Vaccine operations Central Provinces 1886-1899 - 1886-1899
Year: 1886
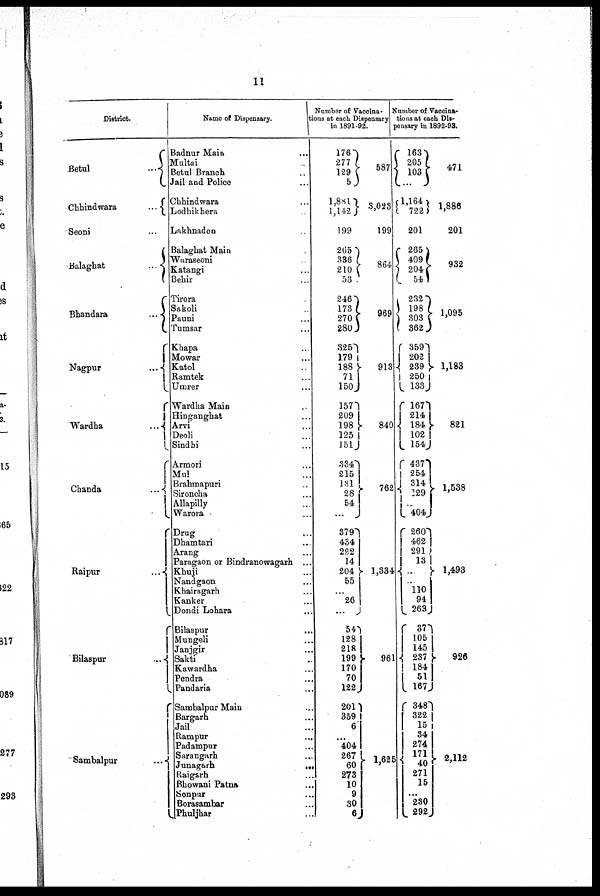
11
District.
Betul
...
Chhindwara
...
Seoni ...
Balaghat
...
Bhandara
...
Nagpur ...
Wardha
...
Chanda
...
Raipur
...
Bilaspur
...
Sambalpur
...
Name of Dispensary.
Badnur Main ...
Maltai ...
Betul Branch ...
Jail and Police ...
Chhindwara ...
Lodhikhera ...
Lakhnadon ...
Balaghat Main ...
Waraseoni ...
Katangi ...
Behir ...
Tirora ...
Sakoli ...
Pauni ...
Tumsar ...
Khapa ...
Mowar ...
Katol ...
Ramtek ...
Umrer ...
Wardha Main ...
Hinganghat ...
Arvi ...
Deoli ...
Sindhi ...
Armori ...
Mul ...
Brahmapuri ...
Sironcha ...
Allapilly ...
Warora ...
Drug ...
Dhamtari ...
Arang ...
Paragaon or Bindranowagarh ...
Khuji ...
Nandgaon ...
Khairagarh ...
Kanker ...
Dondi Lohara ...
Bilaspur ...
Mungeli ...
Janjgir ...
Sakti ...
Kawardha ...
Pendra ...
Pandaria ...
Sambalpur Main ...
Bargarh ...
Jail ...
Rampur ...
Padampur ...
Sarangarh ...
Junagarh
...
Raigarh ...
Bhowani Patna ...
Sonpur ...
Borasambar ...
Phuljhar ...
Number of Vaccina-
tions at each Dispensary
in 1891-92.
176
277
129
5
1,881
1,142
199
265
336
210
53
246
173
270
280
325
179
188
71
150
157
209
198
125
151
334
215
131
28
54
...
379
434
222
14
204
55
...
26
...
54
128
218
199
170
70
122
201
359
6
...
404
267
60
273
10
9
30
6
587
3,023
199
864
969
913
840
762
1,334
961
1,625
Number of Vaccina-
tions at each Dis-
pensary in 1892-93.
163
205
103
...
1,164
722
201
265
409
204
54
232
198
303
362
359
202
239
250
133
167
214
184
102
154
437
254
314
129
...
404
260
462
291
13
...
...
110
94
263
37
105
145
237
184
51
167
348
322
15
34
274
171 40
271
15
...
230
292
471
1,886
201
932
1,095
1,183
821
1,538
1,493
926
2,112